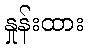
နှုန်းထား